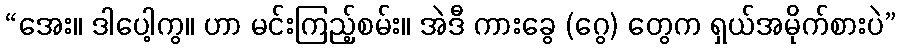
“အေး။ ဒါပေါ့ကွ။ ဟာ မင်းကြည့်စမ်း။ အဲဒီ ကားခွေ (ဂွေ) တွေက ရှယ်အမိုက်စားပဲ”